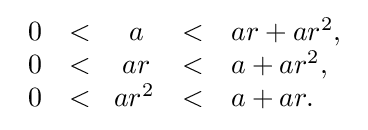
{\begin{array}{rcccl}0&<&a&<&ar+ar^{2},\\0&<&ar&<&a+ar^{2},\\0&<&\!ar^{2}&<&a+ar.\end{array}}